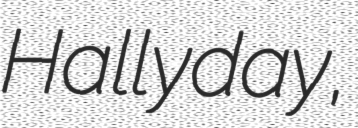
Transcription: Hallyday,